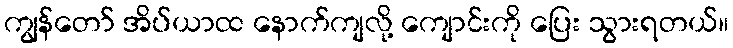
ကျွန်တော် အိပ်ယာထ နောက်ကျလို့ ကျောင်းကို ပြေး သွားရတယ်။